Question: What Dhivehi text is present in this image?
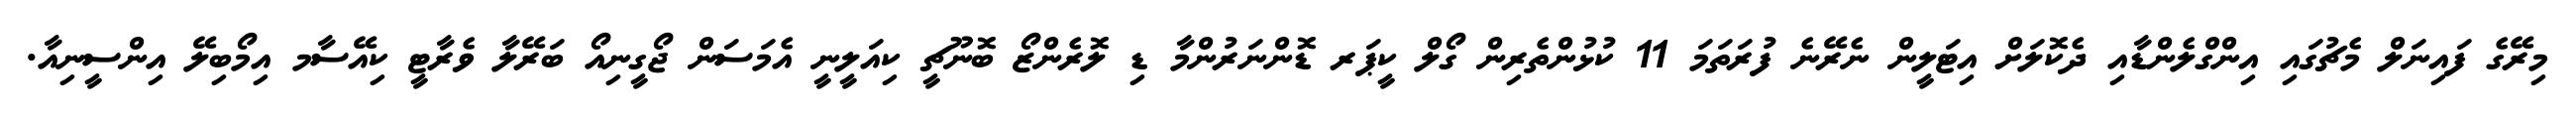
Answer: މިރޭގެ ފައިނަލް މެޗުގައި އިންގްލެންޑާއި ދެކޮލަށް އިޓަލީން ނެރޭނެ ފުރަތަމަ 11 ކުޅުންތެރިން ގޯލް ކީޕަރ ޑޮންނަރުންމާ ޑި ލޮރެންޒޯ ބޮނޫޗީ ކިއަލީނީ އެމަސަން ޖޯގީނިއޯ ބަރޭލާ ވެރާޓީ ކިއޭސާމ އިމޯބިލޭ އިންސީނިއާ.